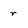
Character: r